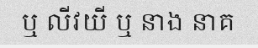
ឬ លីវយី ឬ នាង នាគ